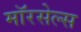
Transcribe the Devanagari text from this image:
मॉरसेल्स